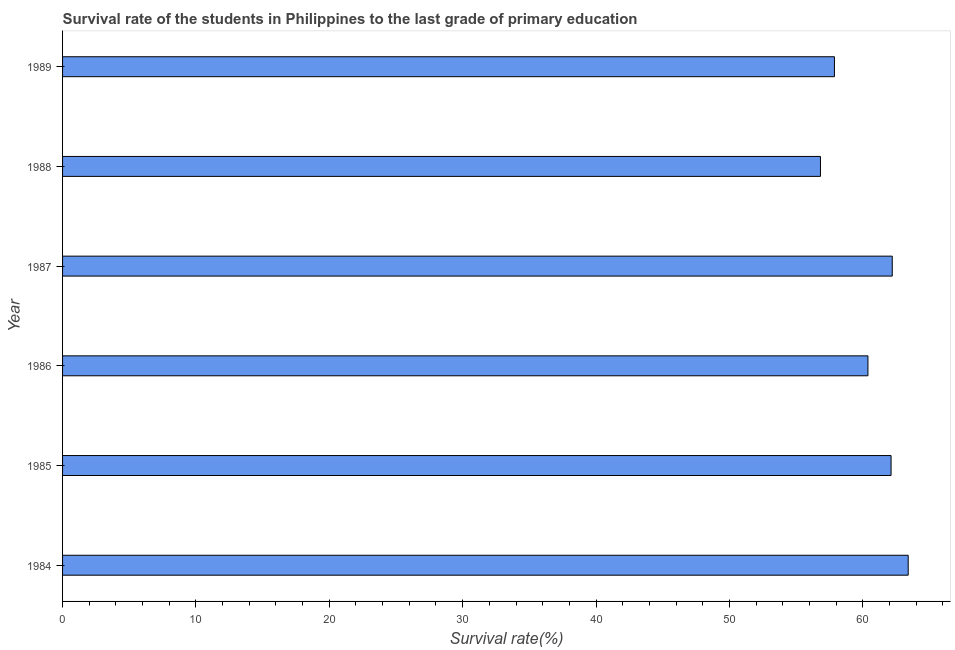
| Year | Primary Education |
 | --- | --- |
 | 1984 | 63.4 |
 | 1985 | 62.1 |
 | 1986 | 60.4 |
 | 1987 | 62.2 |
 | 1988 | 56.8 |
 | 1989 | 57.9 |